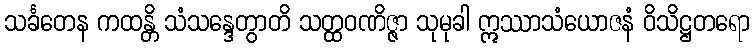
သင်္ခတေန ကထန္တိ သံသန္ဒေတွာတိ သတ္ထဝဏိဇ္ဇာ သုမုခါ ဣဿာသံယောဇနံ ဝိသိဋ္ဌတရော